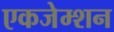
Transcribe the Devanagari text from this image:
एकजेम्शन